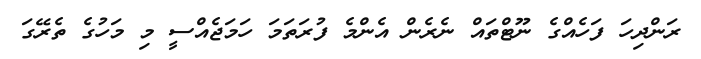
ރަންދިހަ ފަހެއްގެ ނޫޓްތައް ނެރެން އެންމެ ފުރަތަމަ ހަމަޖެއްސީ މި މަހުގެ ތެރޭގަ